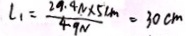
l _ { 1 } = \frac { 2 9 . 4 N \times 5 c m } { 4 . 9 N } = 3 0 c m